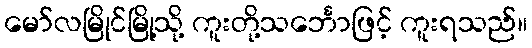
မော်လမြိုင်မြို့သို့ ကူးတို့သင်္ဘောဖြင့် ကူးရသည်။